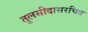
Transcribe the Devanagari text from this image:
तुलसीदासरचित